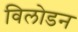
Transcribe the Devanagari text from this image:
विलोडन